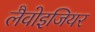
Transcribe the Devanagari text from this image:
लैवोइजियर